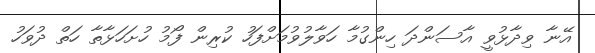
އޭނާ ވިދާޅުވީ އާސަންދަ ހިންގުމާ ހަވާލުވުމަށްފަހު ކުރިން ފޯމު ހުށަހަޅާތާ ހަތް ދުވަހު